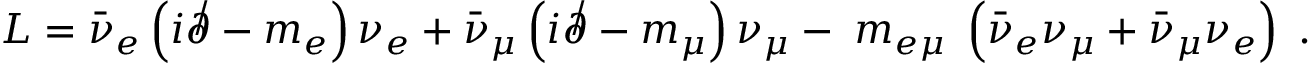
{ \cal L } = { \bar { \nu } } _ { e } \left( i \not \partial - m _ { e } \right) \nu _ { e } + { \bar { \nu } } _ { \mu } \left( i \not \partial - m _ { \mu } \right) \nu _ { \mu } - \; m _ { e \mu } \; \left( { \bar { \nu } } _ { e } \nu _ { \mu } + { \bar { \nu } } _ { \mu } \nu _ { e } \right) \; .